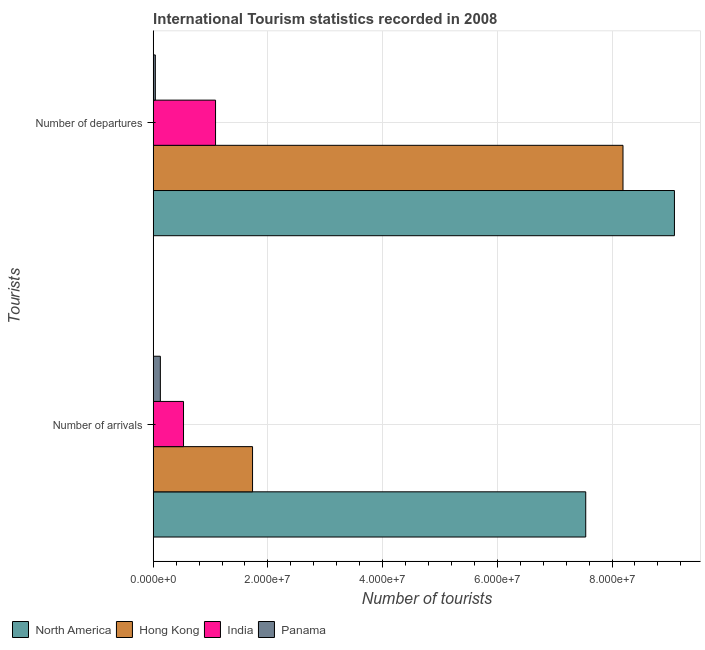
| Tourists | North America | Hong Kong | India | Panama |
 | --- | --- | --- | --- | --- |
 | Number of arrivals | 7.54e+07 | 1.73e+07 | 5.28e+06 | 1.25e+06 |
 | Number of departures | 9.09e+07 | 8.19e+07 | 1.09e+07 | 3.69e+05 |